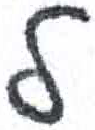
אות: ל